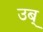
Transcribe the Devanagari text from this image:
उब्